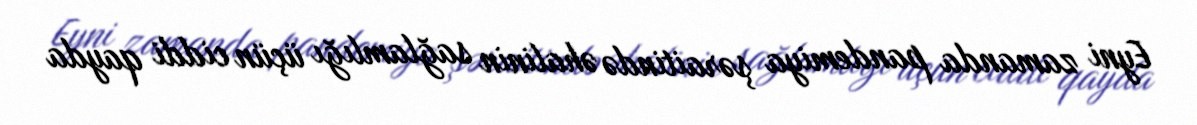
Eyni zamanda pandemiya şəraitində əhalinin sağlamlığı üçün ciddi qayda